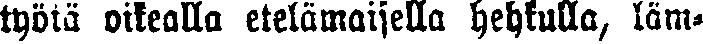
työtä oikealla etelämaisella hehkulla, läm-